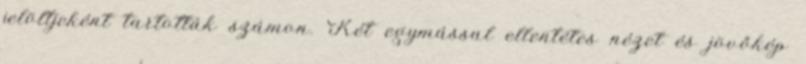
jelöltjeként tartották számon. Két egymással ellentétes nézet és jövőkép